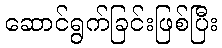
ဆောင်ရွက်ခြင်းဖြစ်ပြီး